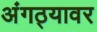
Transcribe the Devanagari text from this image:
अंगठ्यावर